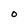
Character: O